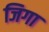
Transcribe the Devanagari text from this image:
जिगा